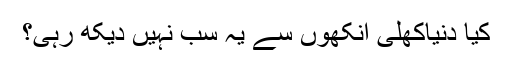
کیا دنیاکھلی آنکھوں سے یہ سب نہیں دیکھ رہی؟